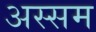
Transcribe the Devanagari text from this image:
अस्सम